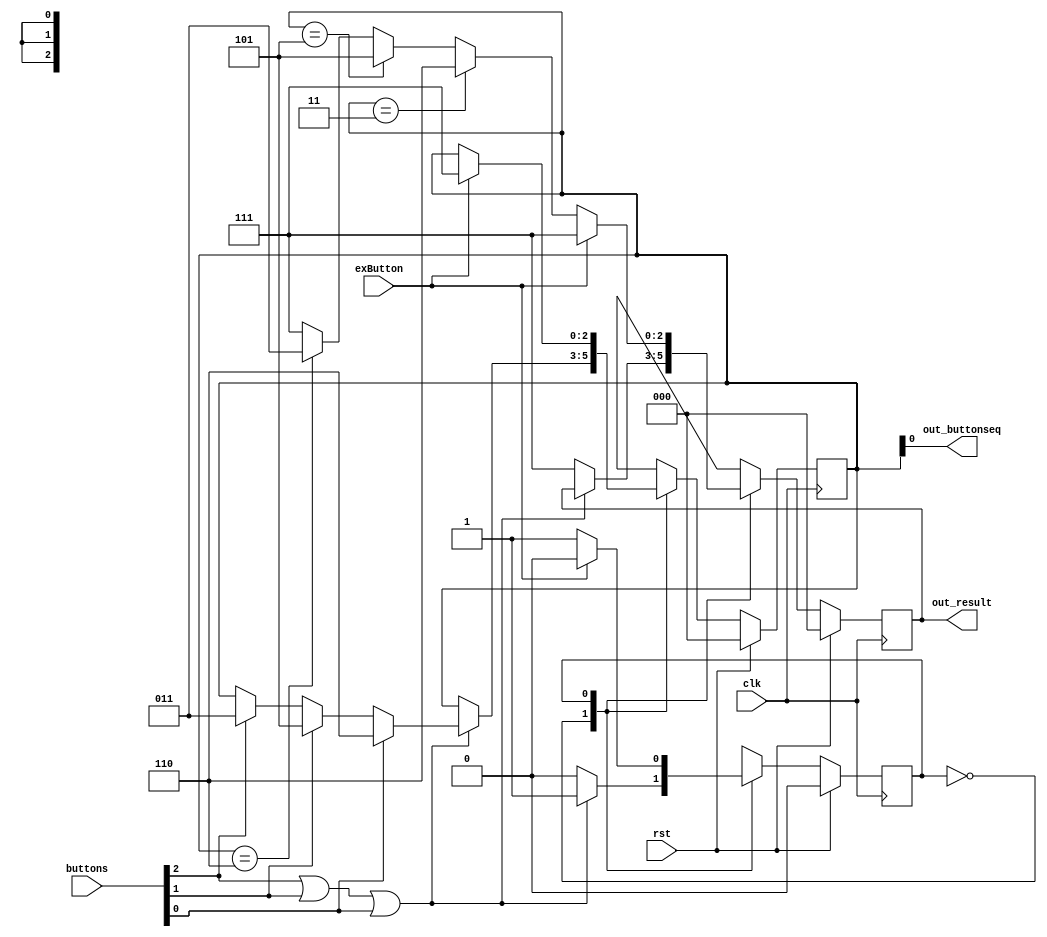
module sequence_checker_3 (
    input [2:0] buttons,
    input exButton,
    input clk,
    input rst,
    output reg [2:0] out_result,
    output reg out_buttonseq
  );
  
  
  
  reg [2:0] M_sequence_d, M_sequence_q = 1'h0;
  
  reg [2:0] M_result_d, M_result_q = 1'h0;
  
  localparam MATCH = 9'h1ab;
  
  
  localparam WAITFIRSTPRESS_brain = 1'd0;
  localparam CHECKPRESS_brain = 1'd1;
  
  reg M_brain_d, M_brain_q = WAITFIRSTPRESS_brain;
  
  always @* begin
    M_brain_d = M_brain_q;
    M_result_d = M_result_q;
    M_sequence_d = M_sequence_q;
    
    
    case (M_brain_q)
      WAITFIRSTPRESS_brain: begin
        if (buttons[2+0-:1] | buttons[1+0-:1] | buttons[0+0-:1]) begin
          if (buttons[0+0-:1]) begin
            M_sequence_d = 3'h6;
          end else begin
            if (buttons[1+0-:1]) begin
              M_sequence_d = 3'h5;
            end else begin
              if (buttons[2+0-:1]) begin
                M_sequence_d = 3'h3;
              end
            end
          end
          M_brain_d = CHECKPRESS_brain;
        end else begin
          M_result_d = 3'h7;
          M_brain_d = WAITFIRSTPRESS_brain;
        end
      end
      CHECKPRESS_brain: begin
        if (M_sequence_q == 3'h3) begin
          M_result_d = 3'h6;
        end else begin
          if (M_sequence_q == 3'h5) begin
            M_result_d = 3'h5;
          end else begin
            if (M_sequence_q == 3'h6) begin
              M_result_d = 3'h3;
            end else begin
              M_result_d = 3'h7;
            end
          end
        end
        M_brain_d = CHECKPRESS_brain;
        if (exButton) begin
          M_sequence_d = 3'h7;
          M_result_d = 3'h7;
          M_brain_d = WAITFIRSTPRESS_brain;
        end
      end
    endcase
    out_result = M_result_q;
    out_buttonseq = M_sequence_q;
  end
  
  always @(posedge clk) begin
    if (rst == 1'b1) begin
      M_result_q <= 1'h0;
    end else begin
      M_result_q <= M_result_d;
    end
  end
  
  
  always @(posedge clk) begin
    if (rst == 1'b1) begin
      M_sequence_q <= 1'h0;
    end else begin
      M_sequence_q <= M_sequence_d;
    end
  end
  
  
  always @(posedge clk) begin
    if (rst == 1'b1) begin
      M_brain_q <= 1'h0;
    end else begin
      M_brain_q <= M_brain_d;
    end
  end
  
endmodule